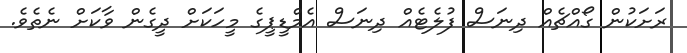
ރަށަކުން ގޯއްޗެއް ދިނަސް ފުލެޓެއް ދިނަސް އެމްޑީޕީގެ މީހަކަށް ދީގެން ވާކަށް ނެތެވެ.